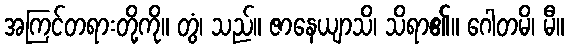
အကြင်တရားတို့ကို။ တွံ၊ သည်။ ဇာနေယျာသိ၊ သိရာ၏။ ဂေါတမိ၊ မီ။